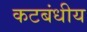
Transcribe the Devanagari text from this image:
कटबंधीय